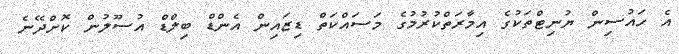
އެ ހައުސިން ޔުނިޓްތަކުގެ އިމާރަތްކުރުމުގެ މަސައްކަތް ޑިޒައިން އެންޑް ބިލްޑް އުސޫލުން ކޮށްދޭނެ